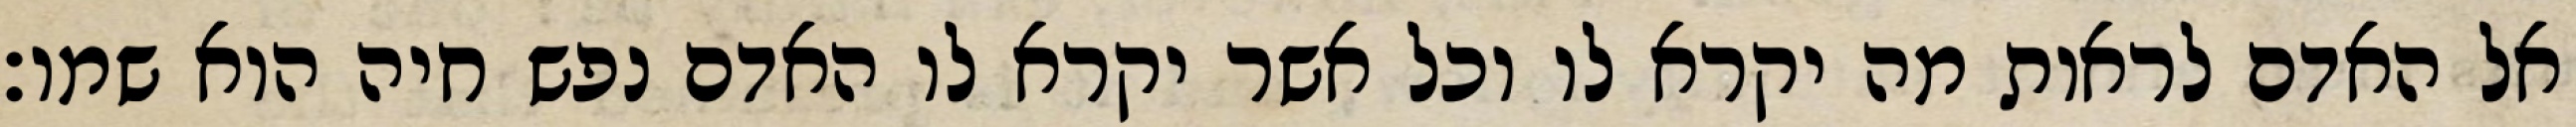
אל האדם לראות מה יקרא לו וכל אשר יקרא לו האדם נפש חיה הוא שמו׃